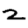
Digit: 2